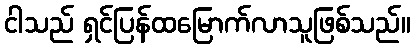
ငါသည် ရှင်ပြန်ထမြောက်လာသူဖြစ်သည်။